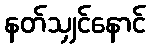
နတ်သျှင်နောင်